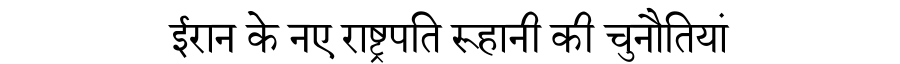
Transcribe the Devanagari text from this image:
ईरान के नए राष्ट्रपति रूहानी की चुनौतियां